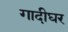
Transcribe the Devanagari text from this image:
गादीघर